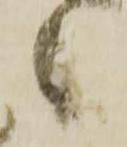
候